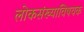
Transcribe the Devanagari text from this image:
लोकसंख्याविषयक